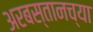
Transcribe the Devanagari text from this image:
अरबस्तानच्या